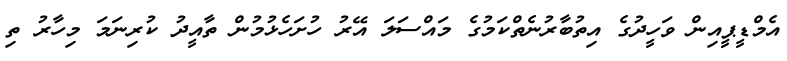
އެމްޑީޕީއިން ވަހީދުގެ އިތުބާރުނެތްކަމުގެ މައްސަލަ އޭރު ހުށަހެޅުމުން ތާއީދު ކުރިނަމަ މިހާރު ތި